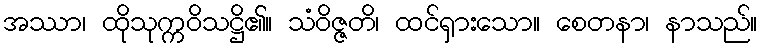
အဿာ၊ ထိုသုက္ကဝိသဋ္ဌိ၏။ သံဝိဇ္ဇတိ၊ ထင်ရှားသော။ စေတနာ၊ နာသည်။